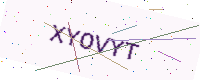
Text: XYOVYT